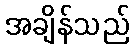
အချိန်သည်